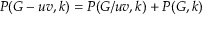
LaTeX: P ( G - u v , k ) = P ( G / u v , k ) + P ( G , k )